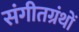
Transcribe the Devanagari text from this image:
संगीतग्रंथों